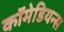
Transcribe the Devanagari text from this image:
कॉमेडियन्स